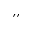
^ { \prime \prime }